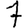
Digit: 7